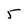
Character: 5